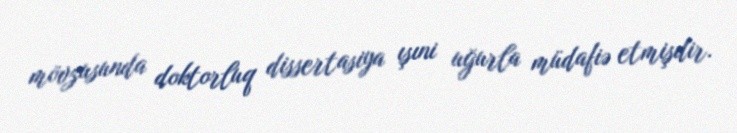
mövzusunda doktorluq dissertasiya ışıni uğurla müdafiə etmişdir.